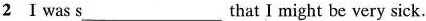
2 I was s__that I might be very sick.